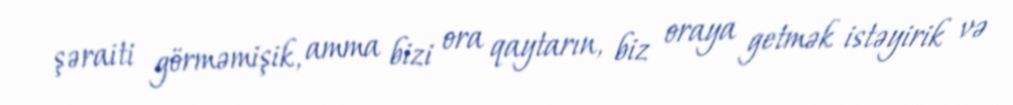
şəraiti görməmişik, amma bizi ora qaytarın, biz oraya getmək istəyirik və